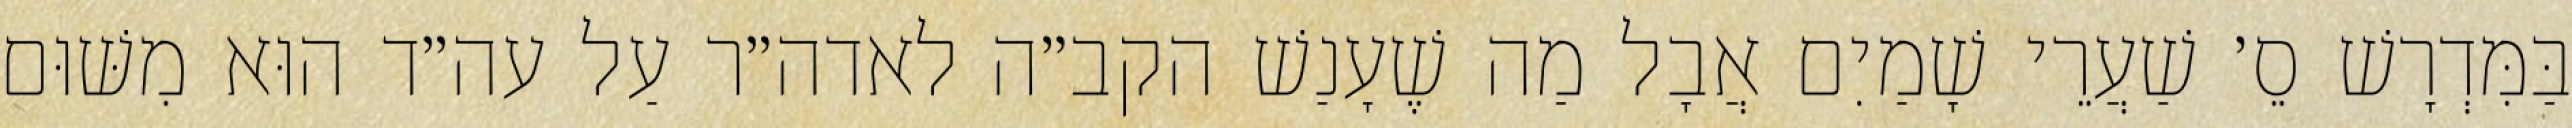
בַּמִּדְרָשׁ סֵ׳ שַׁעֲרֵי שָׁמַיִם אֲבָל מַה שֶׁעָנַשׁ הקב״ה לאדה״ר עַל עה״ד הוּא מִשּׁוּם